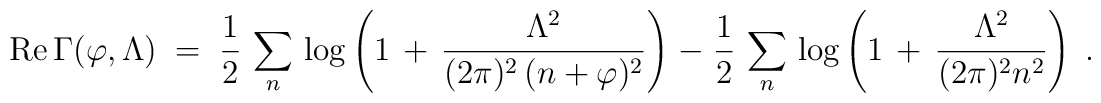
{\rm Re}\, \Gamma (\varphi , \Lambda) \;=\; \frac{1}{2} \,\sum_n \, \log \left( 1 \,+\, \frac{ \Lambda^2 }{(2 \pi)^2 \, (n + \varphi)^2}\right) \;-\; \frac{1}{2} \,\sum_n \, \log \left( 1 \,+\, \frac{ \Lambda^2 }{(2 \pi)^2  n^2}\right) \; .